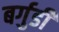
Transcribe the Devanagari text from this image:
बर्गुडी